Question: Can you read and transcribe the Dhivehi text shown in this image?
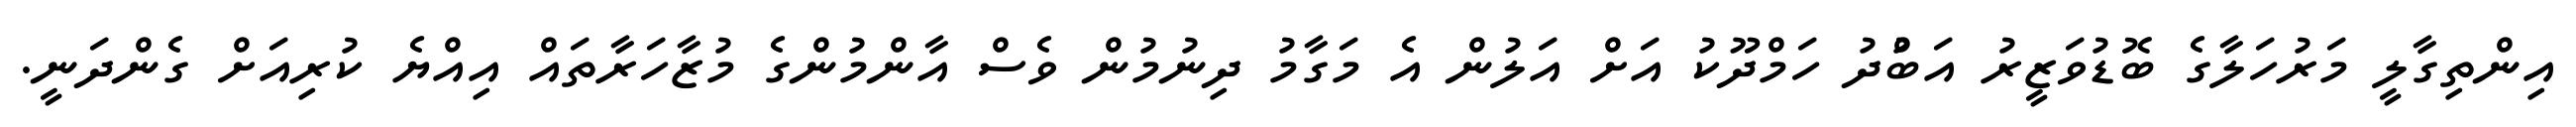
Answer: އިންތިގާލީ މަރުހަލާގެ ބޮޑުވަޒީރު އަބްުދު ހަމްދޫކު އަށް އަލުން އެ މަގާމު ދިނުމުން ވެސް އާންމުންގެ މުޒާހަރާތައް އިއްޔެ ކުރިއަށް ގެންދަނީ.